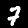
Digit: 7